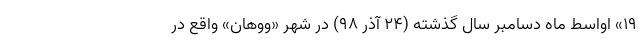
۱۹» اواسط ماه دسامبر سال گذشته (۲۴ آذر ۹۸) در شهر «ووهان» واقع در